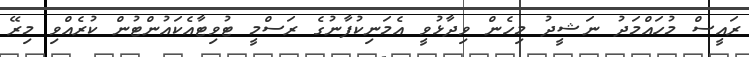
ރައީސް މުހައްމަދު ނަޝީދު މިހެން ވިދާޅުވީ އެމަނިކުފާނުގެ ރަސްމީ ޓުވިޓާއެކައުންޓުން ކުރެއްވި މިރޭ